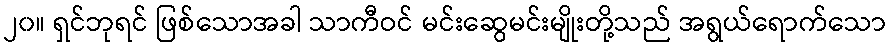
၂၀။ ရှင်ဘုရင် ဖြစ်သောအခါ သာကီဝင် မင်းဆွေမင်းမျိုးတို့သည် အရွယ်ရောက်သော